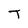
Character: T